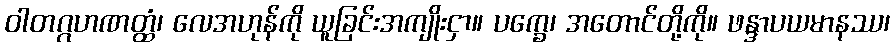
ဝါတဂ္ဂဟဏတ္ထံ၊ လေအဟုန်ကို ယူခြင်းအကျိုးငှာ။ ပက္ခေ၊ အတောင်တို့ကို။ ဖန္ဒာပယမာနဿ၊